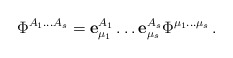
\begin{align*}\Phi^{A_1\ldots A_s}={\bf e}_{\mu_1}^{A_1}\ldots {\bf e}_{\mu_s}^{A_s}\Phi^{\mu_1 \ldots \mu_s}\,.\end{align*}